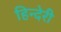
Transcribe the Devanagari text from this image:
हिन्देरी